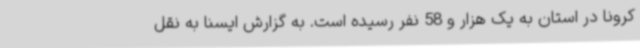
کرونا در استان به یک هزار و 58 نفر رسیده است. به گزارش ایسنا به نقل